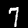
Label: 7